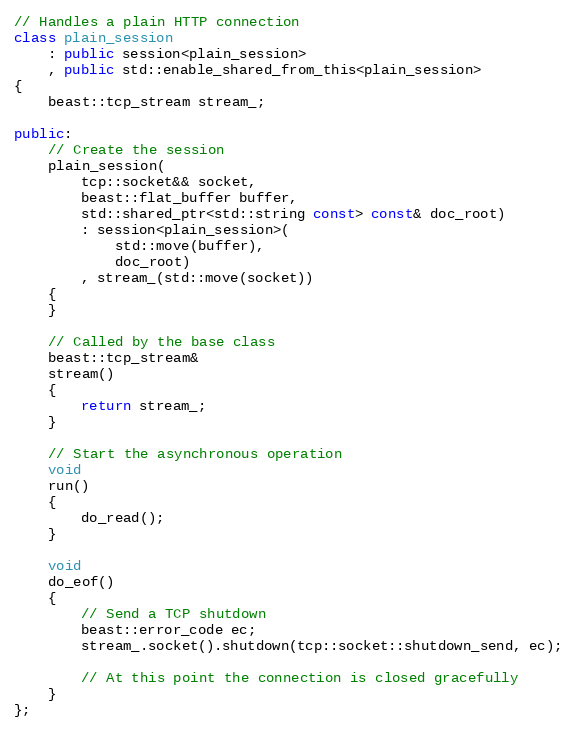
Language: C++
// Handles a plain HTTP connection
class plain_session
    : public session<plain_session>
    , public std::enable_shared_from_this<plain_session>
{
    beast::tcp_stream stream_;

public:
    // Create the session
    plain_session(
        tcp::socket&& socket,
        beast::flat_buffer buffer,
        std::shared_ptr<std::string const> const& doc_root)
        : session<plain_session>(
            std::move(buffer),
            doc_root)
        , stream_(std::move(socket))
    {
    }

    // Called by the base class
    beast::tcp_stream&
    stream()
    {
        return stream_;
    }

    // Start the asynchronous operation
    void
    run()
    {
        do_read();
    }

    void
    do_eof()
    {
        // Send a TCP shutdown
        beast::error_code ec;
        stream_.socket().shutdown(tcp::socket::shutdown_send, ec);

        // At this point the connection is closed gracefully
    }
};